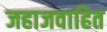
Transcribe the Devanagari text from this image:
जहाजवाहित